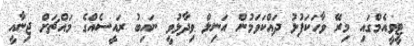
ޓީވީއެމްގައި މިރޭ ވާހަކަފުޅު ދައްކަވަމުން އަނިލް ވިދާޅުވީ ނައިބު ރައީސެއްގެ މައްޗަށް ޖިނާއީ